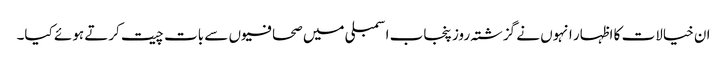
ان خیالات کا اظہار انہوں نے گزشتہ روز پنجاب اسمبلی میں صحافیوں سے بات چیت کرتے ہوئے کیا۔